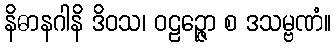
နိဓာနဂါနိ ဒိဝသ၊ ဝဠဉ္ဇော စ ဒသမ္ဗဏံ။